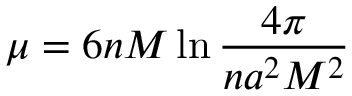
\mu = 6 n M \ln \frac { 4 \pi } { n a ^ { 2 } M ^ { 2 } }